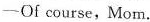
——Of course, Mom.